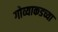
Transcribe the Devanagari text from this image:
गोव्याकडच्या